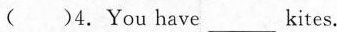
( )4.You have ___ kites.